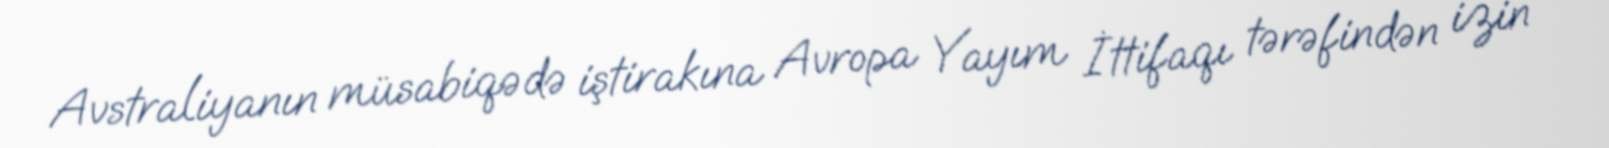
Avstraliyanın müsabiqədə iştirakına Avropa Yayım İttifaqı tərəfindən izin